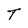
Character: T